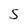
Character: 5